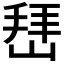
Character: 𰎬